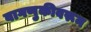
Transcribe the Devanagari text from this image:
वागणुकीवरून